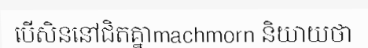
បើសិននៅជិតគ្នាmachmorn និយាយថា